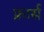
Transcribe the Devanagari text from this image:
फ्रार्स